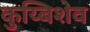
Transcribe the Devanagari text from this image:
कुय्बिशेव